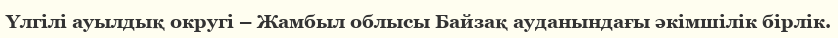
Үлгілі ауылдық округі – Жамбыл облысы Байзақ ауданындағы әкімшілік бірлік.